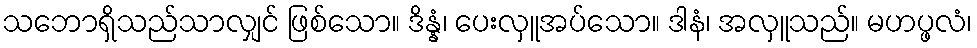
သဘောရှိသည်သာလျှင် ဖြစ်သော။ ဒိန္နံ၊ ပေးလှူအပ်သော။ ဒါနံ၊ အလှူသည်။ မဟပ္ဖလံ၊